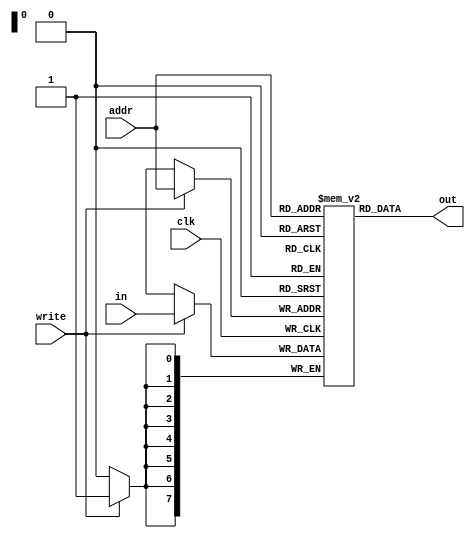


module RAM(output [7:0] out,input [7:0] in,addr,input clk,write);

reg [7:0] memory[255:0];

assign out = memory[addr];
always@(posedge clk) begin
if(write) memory[addr] <= in; end

endmodule